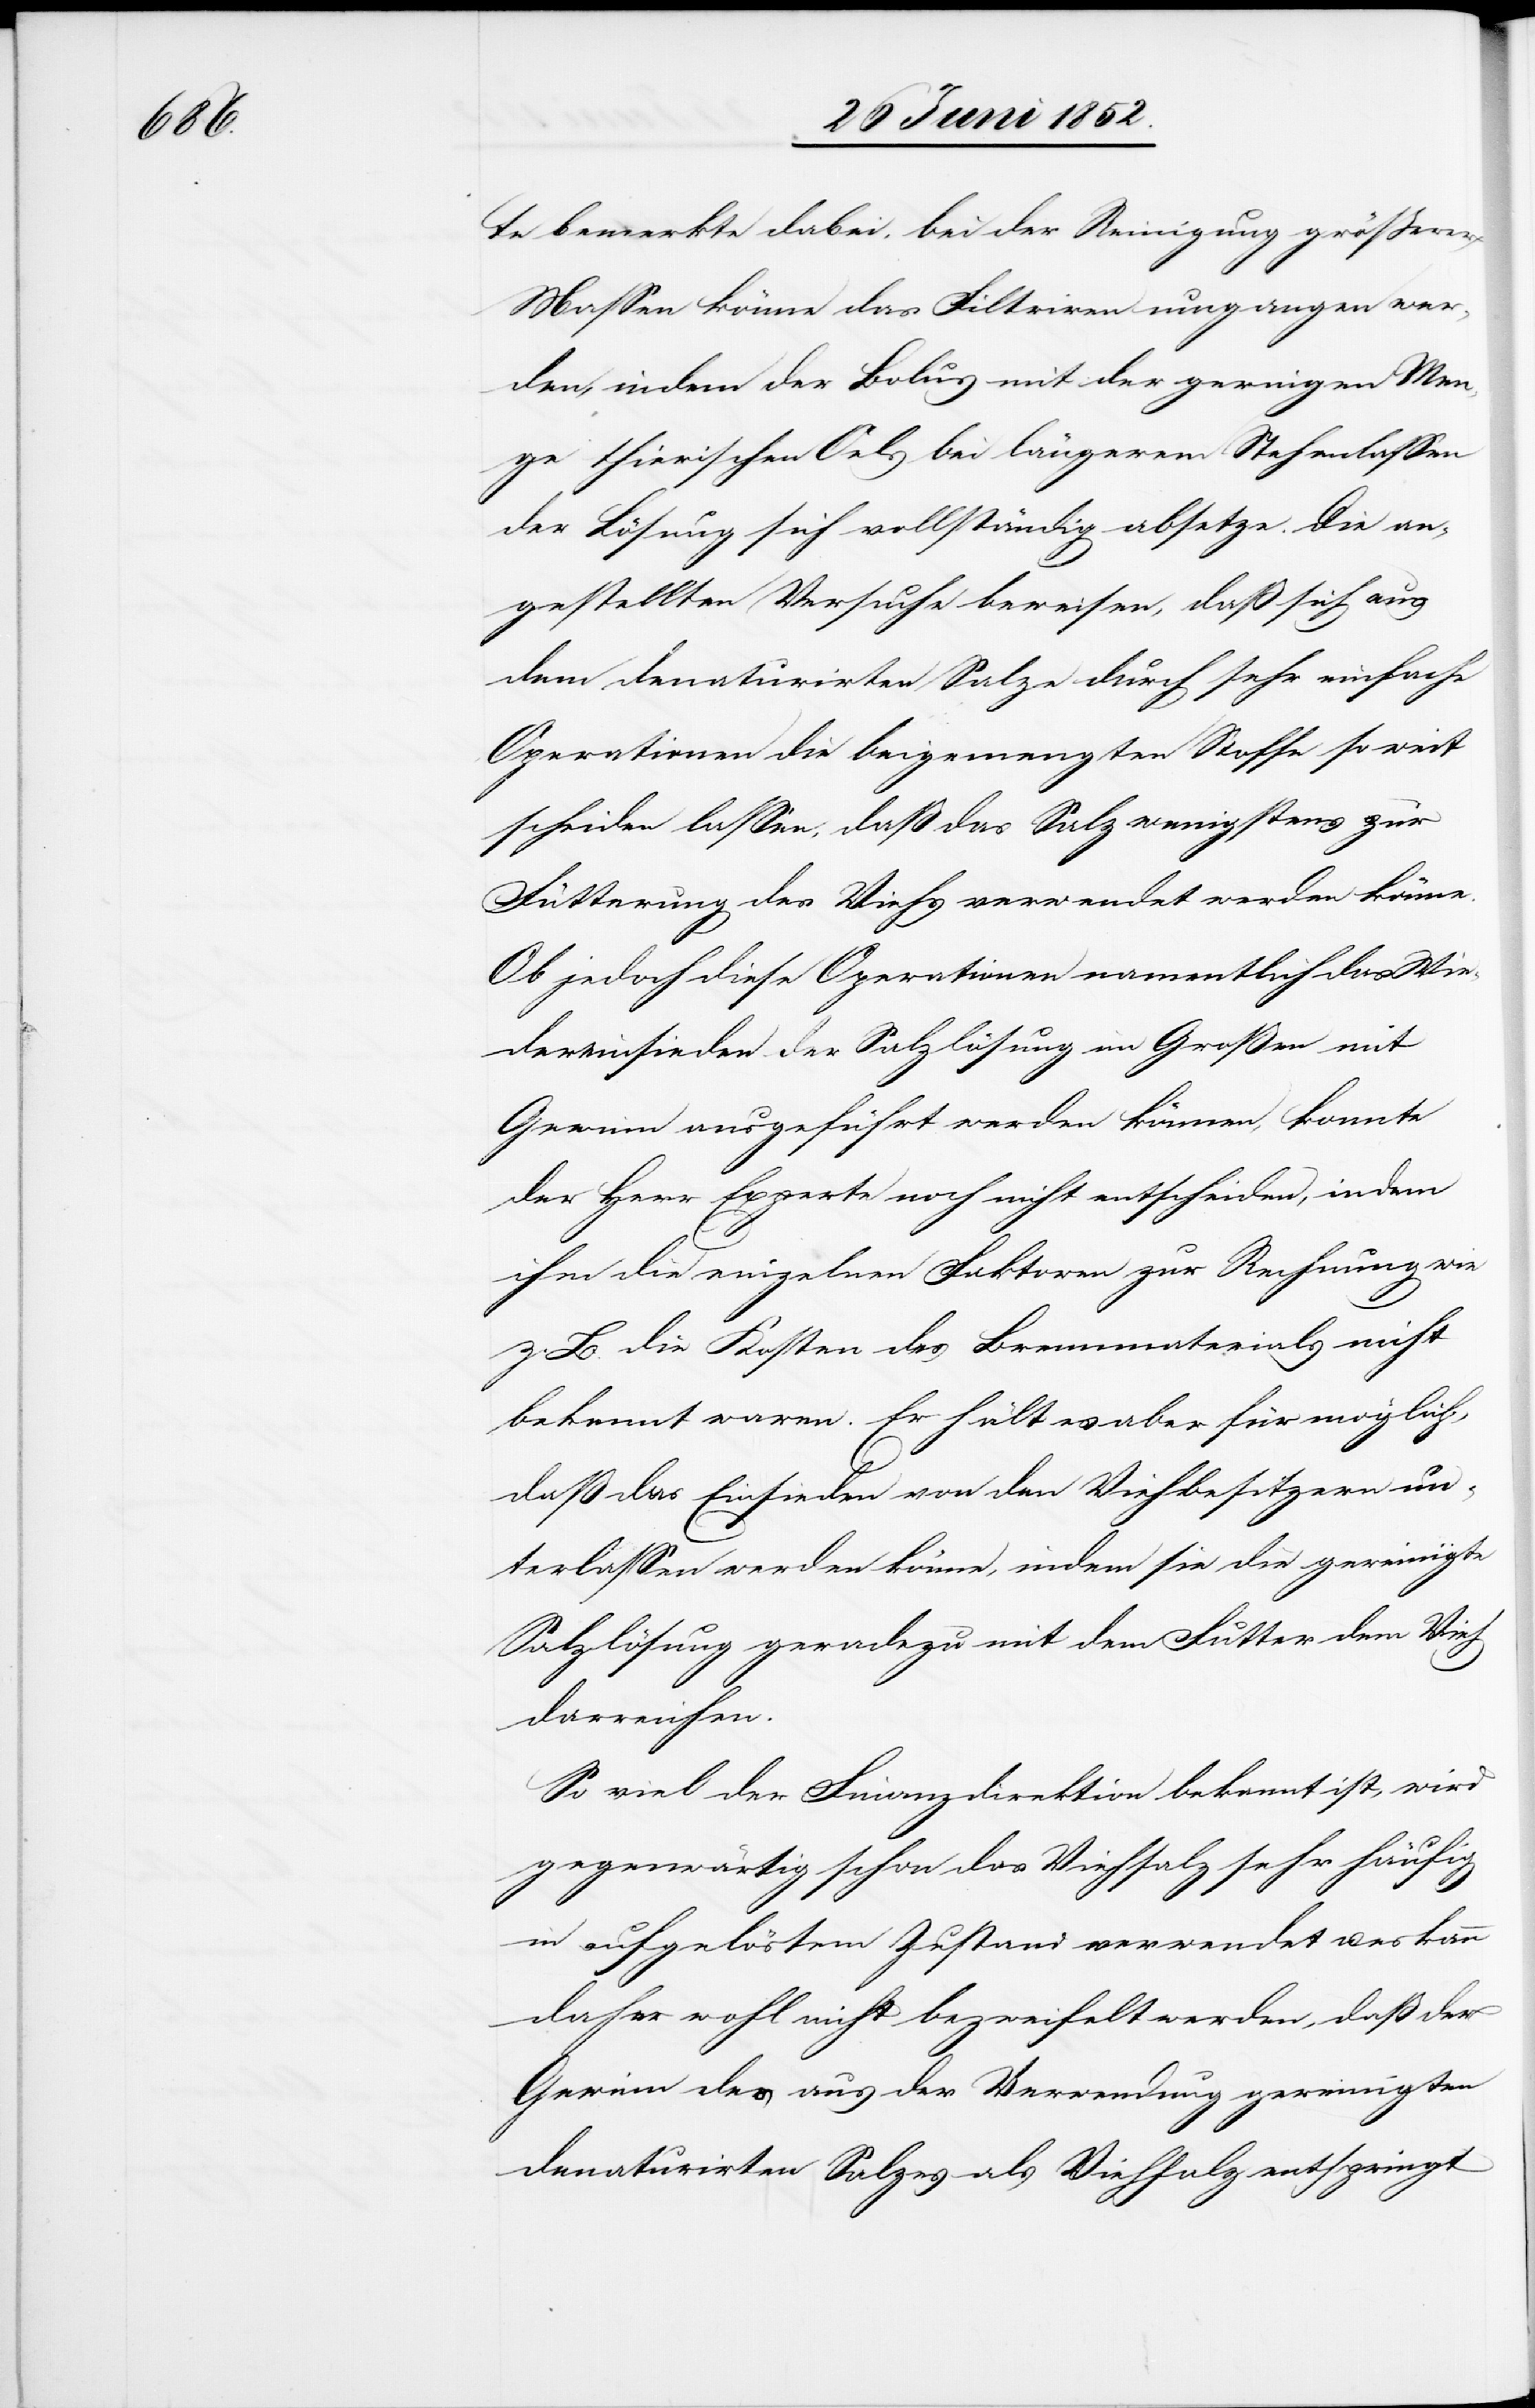
te bemerkte dabei, bei der Reinigung grösserer
Massen könne das Filtriren umgangen wer¬
den, indem der Bolus mit der geringen Men¬
ge thierischen Oels bei längerem Stehenlassen
der Lösung sich vollständig absetze. Die an¬
gestellten Versuche beweisen, daß sich aus
dem denaturirten Salze durch sehr einfache
Operationen die beigemengten Stoffe so weit
scheiden lassen, daß das Salz wenigstens zur
Fütterung des Viehs verwendet werden könne.
Ob jedoch diese Operationen namentlich das Wie¬
dereinsieden der Salzlösung im Großen mit
Gewinn ausgeführt werden können, konnte
der Herr Experte noch nicht entscheiden, indem
ihm die einzelnen Faktoren zur Rechnung wie
z. B. die Kosten des Brennmaterials nicht
bekannt waren. Er hält es aber für möglich,
daß das Einsieden von den Viehbesitzern un¬
terlassen werden könne, indem sie die gereinigte
Salzlösung geradezu mit dem Futter dem Vieh
darreichen.
So viel der Finanzdirektion bekannt ist, wird
gegenwärtig schon das Viehsalz sehr häufig
in aufgelöstem Zustand verwendet u. es kann
daher wohl nicht bezweifelt werden, daß der
Gewinn der aus der Verwendung gereinigten
denaturirten Salzes als Viehsalz entspringt